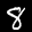
Label: 8